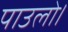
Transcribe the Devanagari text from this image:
पाउलो।